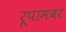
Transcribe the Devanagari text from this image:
रूपामबर